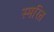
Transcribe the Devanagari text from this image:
स्मरित